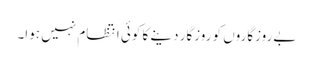
بےروزگاروں کو روزگار دینے کا کوئی انتظام نہیں ہوا۔